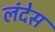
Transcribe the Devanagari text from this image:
लंदेस